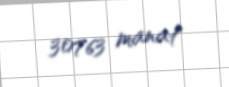
30763 manat